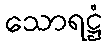
သောရဋ္ဌံ